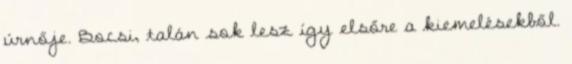
úrnője. Bocsi, talán sok lesz így elsőre a kiemelésekből.